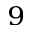
^ { 9 }